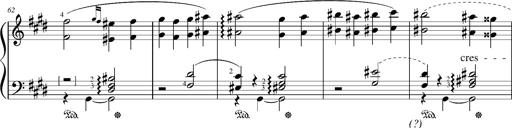
Title: Resignazione, S.187a/b
Composer: Franz Liszt